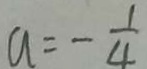
a = - \frac { 1 } { 4 }